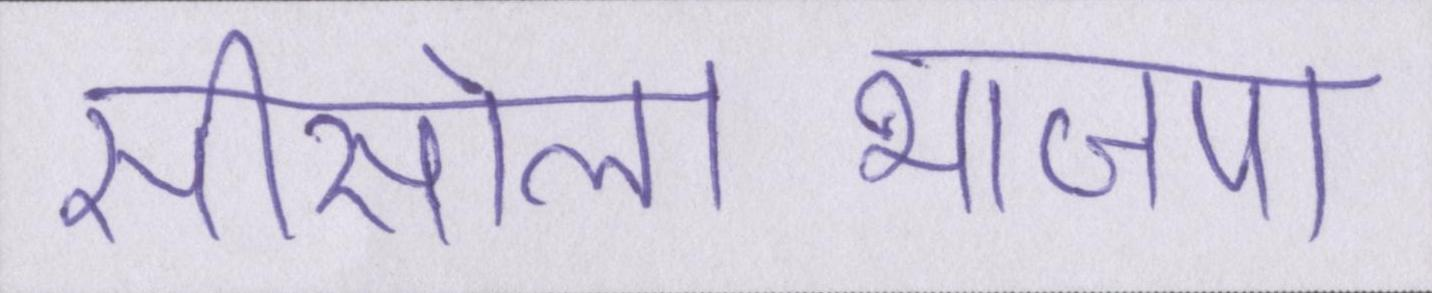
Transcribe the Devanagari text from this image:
सीसोलाभाजपा